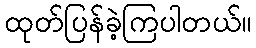
ထုတ်ပြန်ခဲ့ကြပါတယ်။